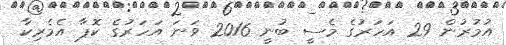
އުމުރުން 29 އަހަރުގެ މެސީ ބުނީ 2016 ވަނަ އަހަރުގެ ކޮޕާ އެމެރިކާ